Note on the mental hospitals in Burma - 1925-1940
Year: 1925
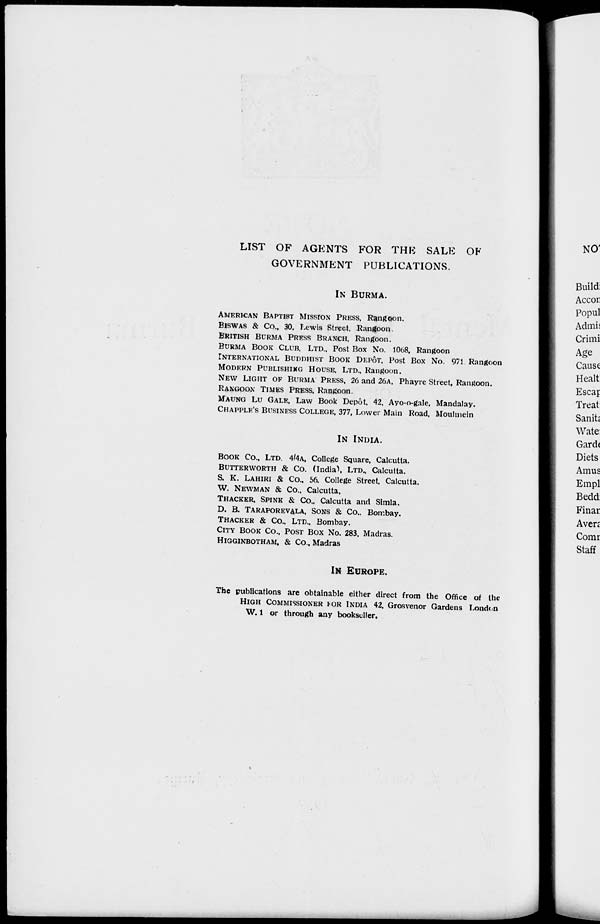
LIST OF AGENTS FOR THE SALE OF
GOVERNMENT PUBLICATIONS.
IN BURMA.
AMERICAN BAPTIST MISSION PRESS, Rangoon.
BISWAS & Co., 30, Lewis Street. Rangoon.
BRITISH BURMA PRESS BRANCH, Rangoon.
BURMA BOOK CLUB, LTD., Post Box No. 1068. Rangoon
INTERNATIONAL BUDDHIST BOOK DEPÔT, Post Box No. 971 Rangoon
MODERN PUBLISHING HOUSE, LTD., Rangoon.
NEW LIGHT OF BURMA PRESS, 26 and 26A, Phayre Street, Rangoon.
RANGOON TIMES PRESS, Rangoon.
MAUNG LU GALE, Law Book Depôt, 42, Ayo-o-gale, Mandalay.
CHAPPLE'S BUSINESS COLLEGE, 377, Lower Main Road, Moulmein
IN INDIA.
BOOK Co., LTD. 4/4A. College Square. Calcutta.
BUTTERWORTH & Co. (India), LTD., Calcutta.
S. K. LAHIRI & Co., 56, College Street, Calcutta.
W. NEWMAN & Co., Calcutta.
THACKER, SPINK & Co., Calcutta and Simla.
D. B. TARAPOREVALA, SONS & Co., Bombay.
THACKER & Co., LTD., Bombay.
CITY BOOK Co., POST BOX No. 283, Madras.
HIGGINBOTHAM, & Co., Madras
IN EUROPE.
The publications are obtainable either direct from the Office of the
HIGH COMMISSIONER FOR INDIA 42, Grosvenor Gardens London
W. 1 or through any bookseller.